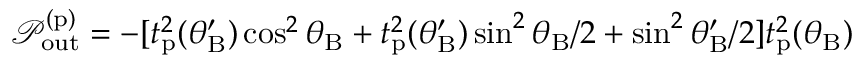
\mathcal { P } _ { \mathrm { o u t } } ^ { ( \mathrm { p } ) } = - [ t _ { \mathrm { p } } ^ { 2 } ( \theta _ { \mathrm { B } } ^ { \prime } ) \cos ^ { 2 } \theta _ { \mathrm { B } } + t _ { \mathrm { p } } ^ { 2 } ( \theta _ { \mathrm { B } } ^ { \prime } ) \sin ^ { 2 } \theta _ { \mathrm { B } } / 2 + \sin ^ { 2 } \theta _ { \mathrm { B } } ^ { \prime } / 2 ] t _ { \mathrm { p } } ^ { 2 } ( \theta _ { \mathrm { B } } )